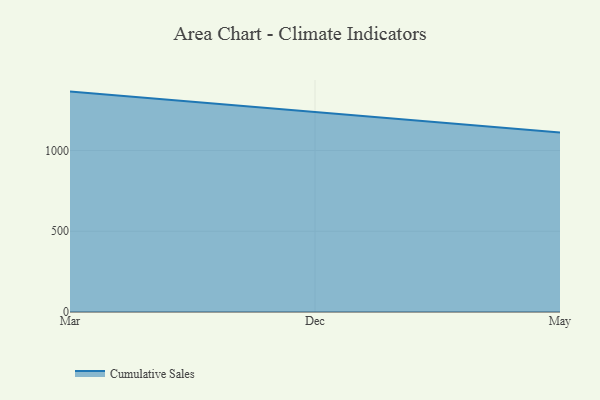
{"axis": {"x": "Month", "y": "Operating Costs (USD K)"}, "legend": ["Cumulative Sales"], "data": [{"x": "Mar", "y": 1364.5, "type": "Cumulative Sales"}, {"x": "Dec", "y": 1236.1, "type": "Cumulative Sales"}, {"x": "May", "y": 1111.1, "type": "Cumulative Sales"}]}